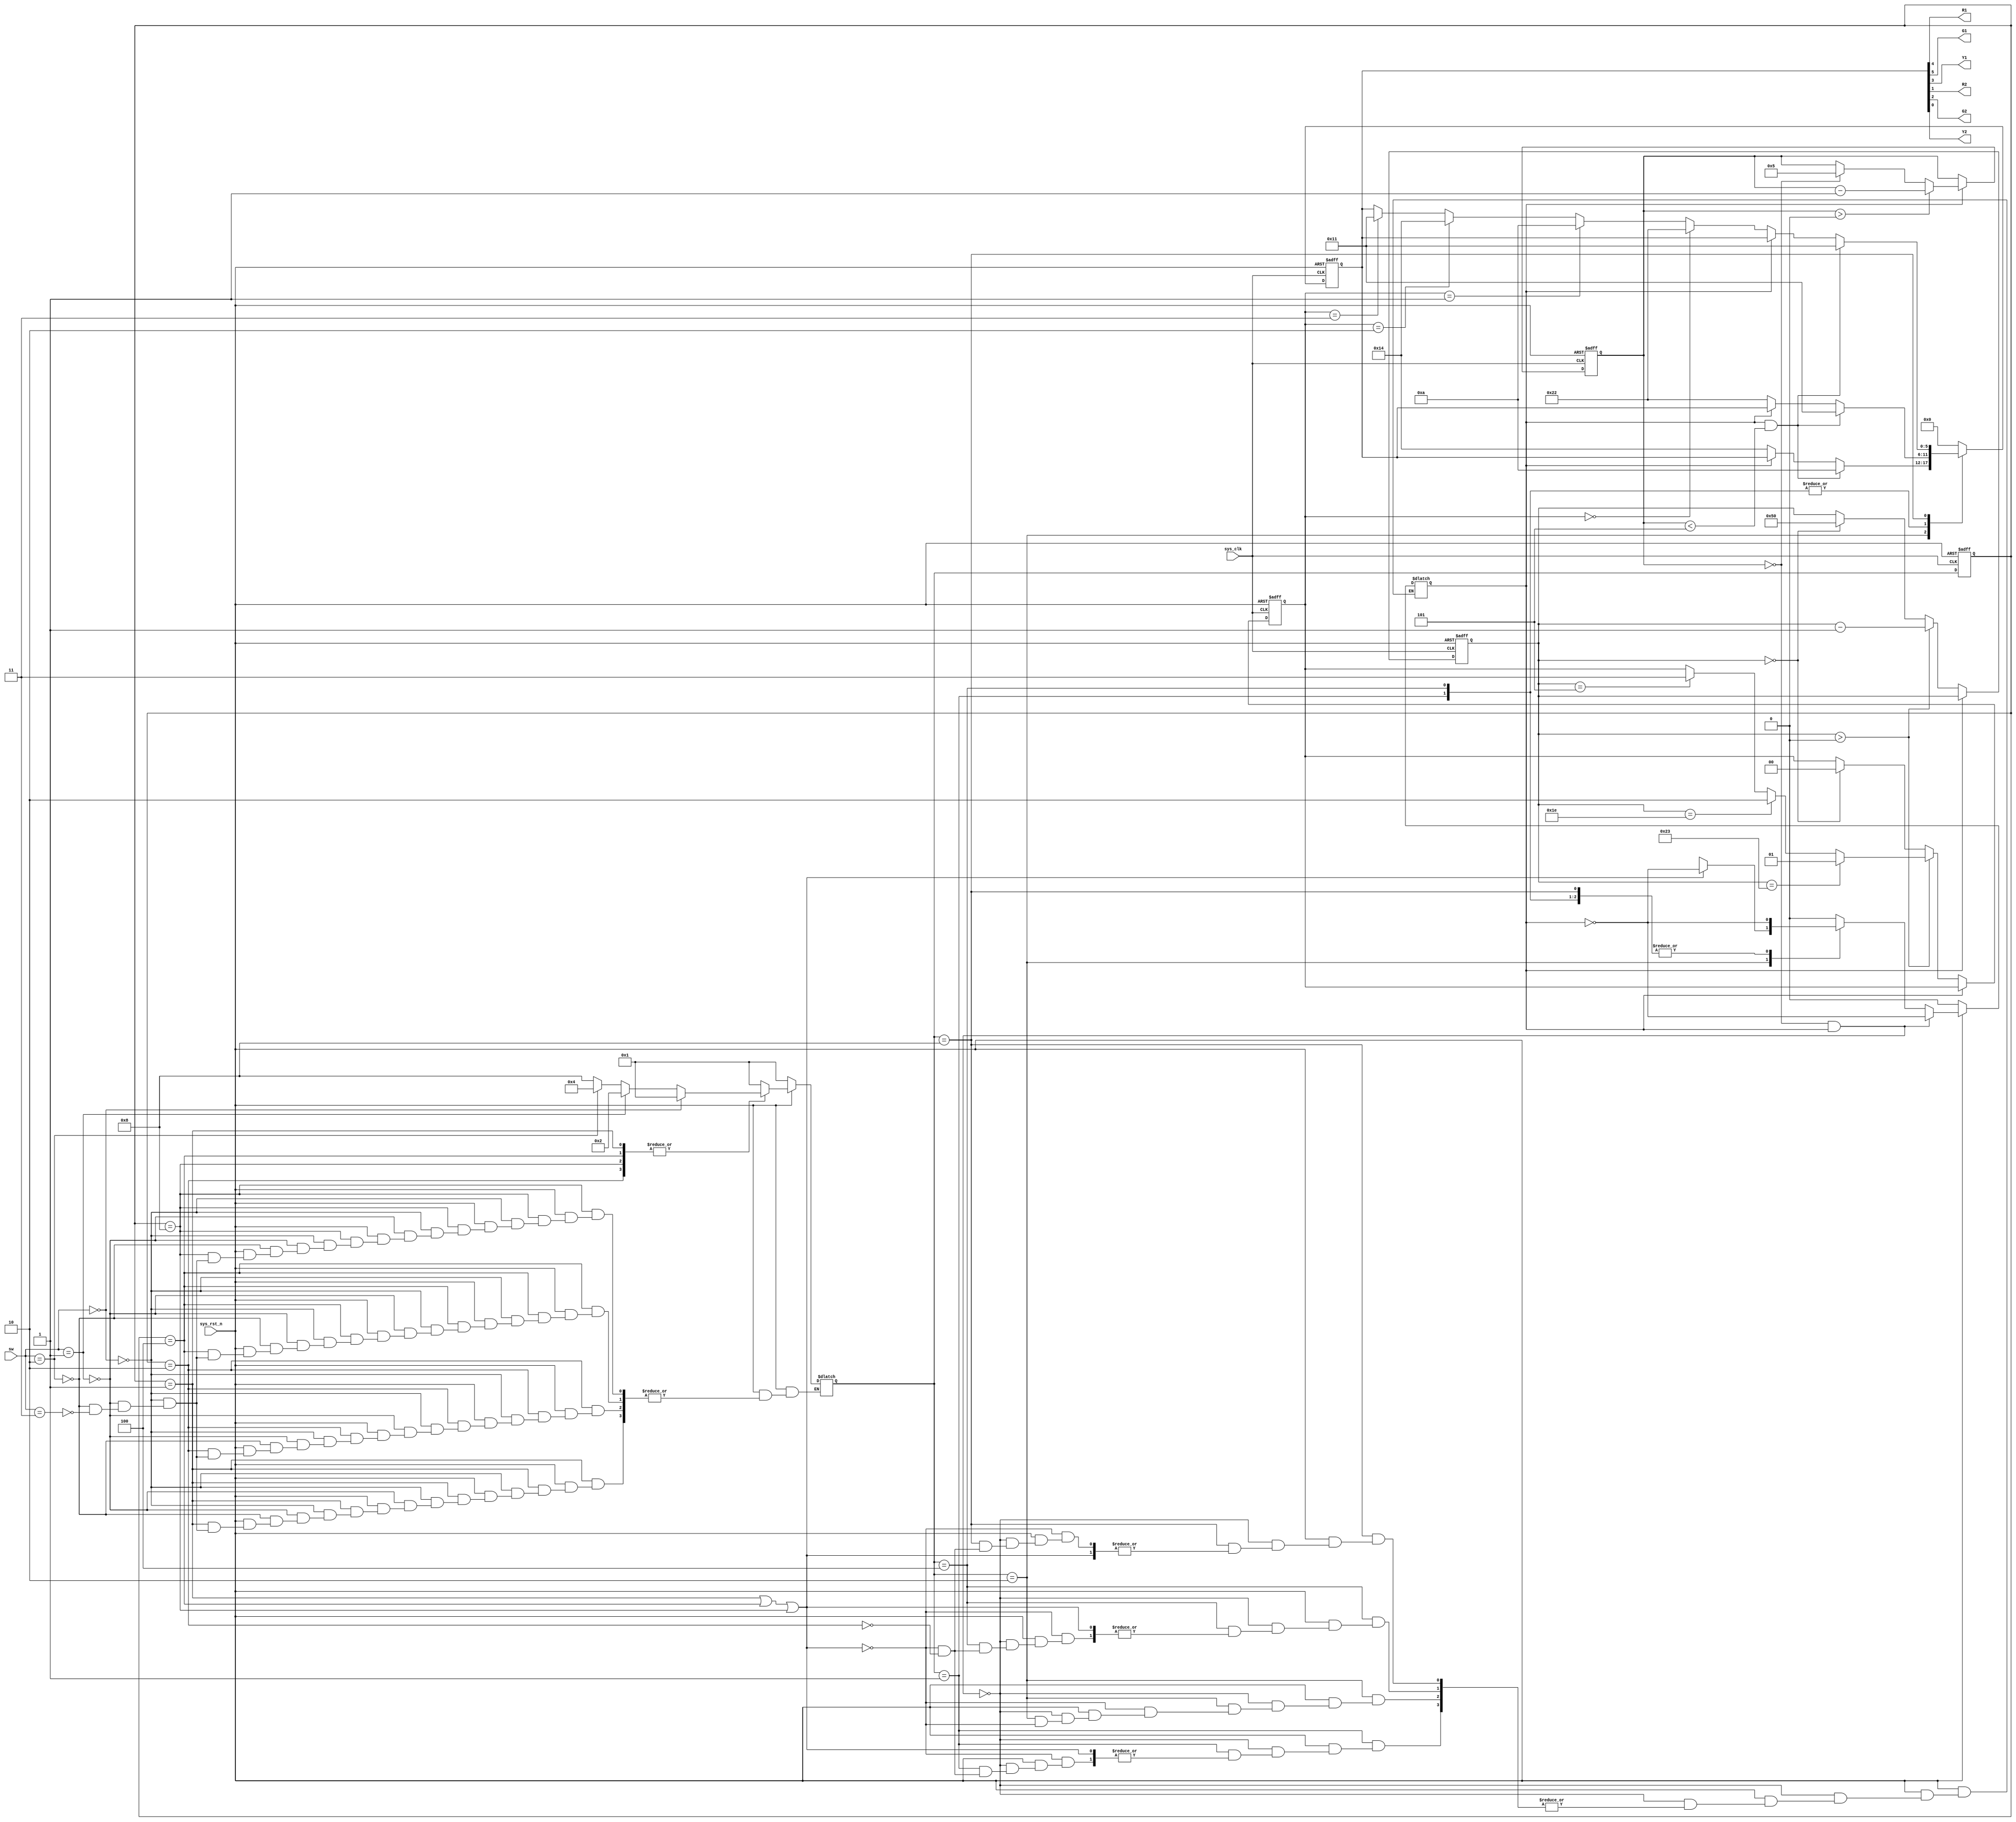
 
module Traffic_led_controller(
//Global 
input sys_clk,
input sys_rst_n,
 
//
input [1:0] sw,			//2 bits switch to control four states of vehicles
 
 
 
//
output R1,G1,Y1,		//main road traffic light
output R2,G2,Y2			//trunk road traffic light
	
 
	);
//
 
reg [5:0] led_reg;
assign G1 = led_reg[5];
assign R1 = led_reg[4];
assign Y1 = led_reg[3];
assign G2 = led_reg[2];
assign R2 = led_reg[1];
assign Y2 = led_reg[0];
 
 
 
 
//
parameter time_cycle1 = 45;//main road release time
parameter time_cycle2 = 25;//trunk road release time
parameter time_cycle3 = 5; //yellow light time
 
//Three-stage state machine
 
reg [3:0] current_state;
reg [3:0] next_state;
 
 
reg state_change_flag;  //
reg [1:0]state_alt; //  ->  ->
 
parameter IDLE = 4'b0001;  //
parameter S1 = 4'b0010;		//
parameter S2 = 4'b0100;		//
parameter S3 = 4'b1000;		//
//
always @(posedge sys_clk or negedge sys_rst_n) begin
	if (!sys_rst_n) begin
		current_state <= IDLE;
	end
	else begin
		current_state <= next_state;
	end
end
 
//
always @(*) begin
	if (!sys_rst_n) begin
		next_state = IDLE;
	end
	else begin
		case(current_state)
			IDLE: begin
				if (sw == 2'b00) begin
					next_state = IDLE;
				end
				else if (sw == 2'b01) begin
					next_state = S1;
				end
				else if (sw == 2'b10) begin
					next_state = S2;
				end
				else if (sw == 2'b11) begin
					next_state = S3;
 
				end				
			end
			S1:begin
				if (sw == 2'b00) begin
					next_state = IDLE;
				end
				else if (sw == 2'b01) begin
					next_state = S1;
				end
				else if (sw == 2'b10) begin
					next_state = S2;
				end
				else if (sw == 2'b11) begin
					next_state = S3;
				end				
			end
			S2:begin
				if (sw == 2'b00) begin
					next_state = IDLE;
				end
				else if (sw == 2'b01) begin
					next_state = S1;
				end
				else if (sw == 2'b10) begin
					next_state = S2;		
				end
				else if (sw == 2'b11) begin
					next_state = S3;
				end				
			end
			S3:begin
				if (sw == 2'b00) begin
					next_state = IDLE;
				end
				else if (sw == 2'b01) begin
					next_state = S1;
				end
				else if (sw == 2'b10) begin
					next_state = S2;				
				end
				else if (sw == 2'b11) begin
					next_state = S3;
				end			
			end
			default: next_state = IDLE;
		endcase
	end
end
 
 
//
 
reg [6:0] G_time_cnt;  //green light time count 
reg [5:0] Y_time_cnt;   //yellow light time count 
 
//
always @(posedge sys_clk or negedge sys_rst_n) begin
	if (!sys_rst_n) begin
		G_time_cnt <= time_cycle1 + time_cycle2 + time_cycle3 + time_cycle3;
		state_alt <= 2'b00;
	end
	else if (state_change_flag == 1'b0)begin
		if (G_time_cnt > 7'd0) begin
			G_time_cnt <= G_time_cnt - 1'b1;
			if (G_time_cnt == time_cycle2 + 2 * time_cycle3) begin
				state_alt <= 2'b01;
			end
			else if (G_time_cnt == time_cycle2 + time_cycle3)begin
				state_alt <= 2'b10;
			end
			else if (G_time_cnt == time_cycle3) begin
				state_alt <= 2'b11;
			end
		end
		else if (G_time_cnt == 7'd0) begin
			state_alt <= 2'b00;
			G_time_cnt <= time_cycle1 + time_cycle2 + 2* time_cycle3;
		end
	end
end
//
always @(posedge sys_clk or negedge sys_rst_n) begin
	if (!sys_rst_n) begin
		Y_time_cnt <= time_cycle3;
	end
	else if (state_change_flag == 1'b1 )begin
		if (Y_time_cnt > 6'd0) 
			Y_time_cnt <= Y_time_cnt - 1'b1;
		else if (Y_time_cnt == 6'd0)begin
			Y_time_cnt <= time_cycle3;
			// state_change_flag <= ~state_change_flag;
		end
	end
end
//state_change_flag 
always @(*) begin
	if (!sys_rst_n) begin
		state_change_flag = 1'b0;
	end
	else if (Y_time_cnt == 6'd0 && state_change_flag == 1'b1) begin
		state_change_flag <= ~state_change_flag;
	end
	else begin
		case(next_state)
			IDLE: begin
				if (current_state == IDLE || current_state == S2 || current_state == S3) begin
					state_change_flag = state_change_flag;
				end
				else if (current_state == S1) begin
					state_change_flag = ~state_change_flag;
				end
			end
			S1: begin
				if (current_state == IDLE || current_state == S2 || current_state == S3) begin
					state_change_flag = ~state_change_flag;
				end
				else if (current_state == S1) begin
					state_change_flag = state_change_flag;
				end
			end
			S2: begin
				if (current_state == IDLE || current_state == S2 || current_state == S3) begin
					state_change_flag = state_change_flag;
				end
				else if (current_state == S1) begin
					state_change_flag = ~state_change_flag;
				end
			end
			S3: begin
				if (current_state == IDLE || current_state == S2 || current_state == S3) begin
					state_change_flag = state_change_flag;
				end
				else if (current_state == S1) begin
					state_change_flag = ~state_change_flag;
				end
			end
			default: state_change_flag = 1'b0;
		endcase
	end
end
//
always @(posedge sys_clk or negedge sys_rst_n) begin
	if (!sys_rst_n) begin
		led_reg <= 6'b000_000;
	end
	else begin
		case(next_state)
			IDLE: begin
				if (state_change_flag == 1'b1 && Y_time_cnt < time_cycle3) begin
					led_reg <= 6'b010_001;
				end
				else if (state_change_flag == 1'b0) begin
					led_reg <= 6'b100_010;
				end
			end
			S1: begin
				if (state_change_flag == 1'b1 && Y_time_cnt < time_cycle3) begin
					led_reg <= 6'b001_010;
				end
				else if (state_change_flag == 1'b0) begin
					led_reg <= 6'b010_100;
				end
			end
			S2: begin
				if (state_change_flag == 1'b1 && Y_time_cnt < time_cycle3) begin
					led_reg <= 6'b010_001;
				end
				else if (state_change_flag == 1'b0) begin
					led_reg <= 6'b100_010;
				end
			end
			S3: begin
				if (state_change_flag == 1'b1 && Y_time_cnt < time_cycle3) begin
					led_reg <= 6'b010_001;
				end
				else if (state_change_flag == 1'b0) begin
					if (state_alt == 2'b00) begin
						led_reg <= 6'b100_010;
					end
					else if (state_alt == 2'b01) begin
						led_reg <= 6'b001_010;
					end
					else if (state_alt == 2'b10) begin
						led_reg <= 6'b010_100;
					end
					else if (state_alt == 2'b11) begin
						led_reg <= 6'b010_001;
					end
				end
			end
			default: led_reg <= 6'b000_000;
		endcase
	end
end
 
endmodule
	
 
 
 
 
// 	else if (next_state == IDLE) begin
// 		if ((state_change_flag == 1'b1) && (Y_time_cnt < time_cycle3))
// 			led_reg <= 6'b010_001;
// 		else
// 			led_reg <= 6'b100_010;
// 	end
// 	else if (next_state == S1) begin
// 		if ((state_change_flag == 1'b1) && (Y_time_cnt < time_cycle3))
// 			led_reg <= 6'b001_010;
// 		else
// 			led_reg <= 6'b010_100;		
// 	end
// 	else if (next_state == S2) begin
// 		if ((state_change_flag == 1'b1) && (Y_time_cnt < time_cycle3))
// 			led_reg <= 6'b010_001;
// 		else 
// 			led_reg <= 6'b100_010;		
// 	end
// 	else if (next_state == S3) begin
// 		led_reg <= 6'b100_010;
// 	end
// 	else
// 		led_reg <= 6'b000_000;
// end
			// IDLE: begin
			// 	if ((state_change_flag == 1'b1) && (Y_time_cnt < time_cycle3))
			// 		led_reg <= 6'b010_001;
			// 	else
			// 		led_reg <= 6'b100_010;
			// end
			// S1: begin
			// 	if ((state_change_flag == 1'b1) && (Y_time_cnt < time_cycle3))
			// 		led_reg <= 6'b001_010;
			// 	else
			// 		led_reg <= 6'b010_100;
			// end
			// S2: begin
			// 	if ((state_change_flag == 1'b1) && (Y_time_cnt < time_cycle3))
			// 		led_reg <= 6'b010_001;
			// 	else 
			// 		led_reg <= 6'b100_010;
			// end
			// S3: begin
			// 	if ((G_time_cnt < time_cycle1) && (G1_flag == 1'b1))
			// 		led_reg <= 6'b100_010;
			// 	else if (G_time_cnt == time_cycle1) 
			// 		led_reg <= 6'b001_100;
			// end
			// default: led_reg <= 6'b000_000;